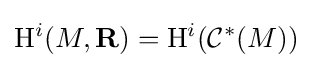
\mathrm {H} ^{i}(M,\mathbf {R} )=\mathrm {H} ^{i}({\mathcal {C}}^{*}(M))